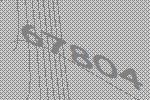
67804